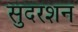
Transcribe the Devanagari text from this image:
सुदरशन